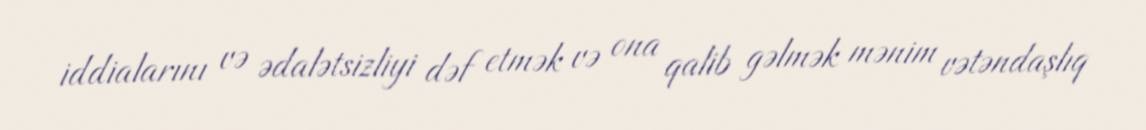
iddialarını və ədalətsizliyi dəf etmək və ona qalib gəlmək mənim vətəndaşlıq